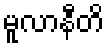
မူလာနီတိ